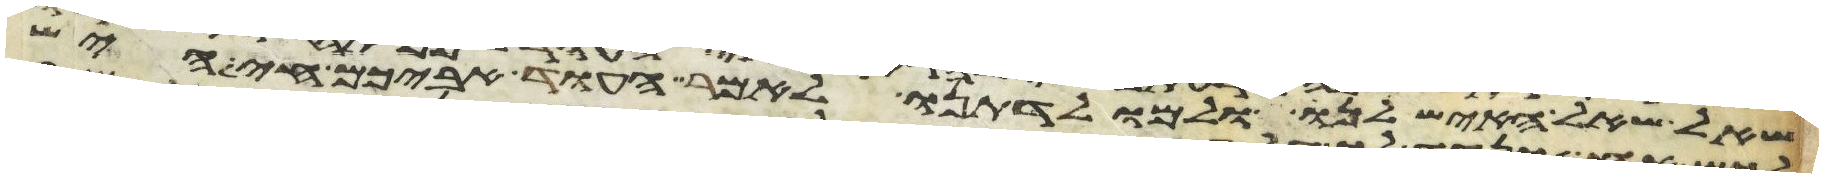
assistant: שאל שאל האיש לנו ולמולדתנו לאמר העוד אביכם חי היש